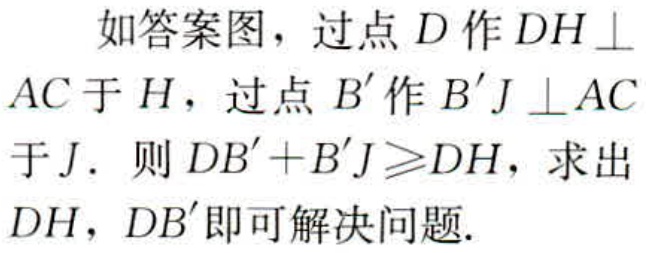
如答案图，过点 \(D\) 作 \(DH\perp AC\) 于 \(H\)，过点 \(B'\) 作 \(B'J\perp AC\) 于 \(J\). 则 \(DB'+B'J\geqslant DH\)，求出 \(DH\)，\(DB'\) 即可解决问题.